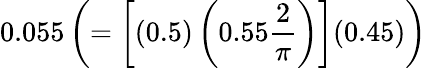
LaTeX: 0.055\left(=\left[(0.5)\left(0.55\frac{2}{\pi}\right)\right](0.45)\right)